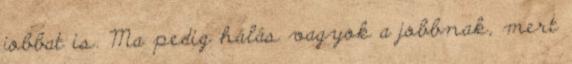
jobbat is. Ma pedig hálás vagyok a jobbnak, mert